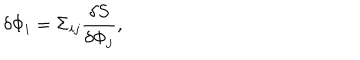
\delta \Phi _ { i } = \Sigma _ { i j } { \frac { \delta S } { \delta \Phi _ { j } } } ,